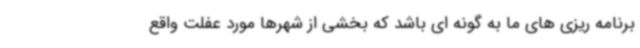
برنامه ریزی های ما به گونه ای باشد که بخشی از شهرها مورد عفلت واقع